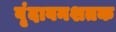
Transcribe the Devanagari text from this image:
वृंदावनशतक